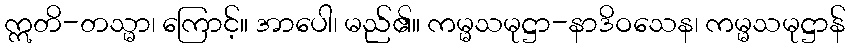
ဣတိ-တသ္မာ၊ ကြောင့်။ အာပေါ၊ မည်၏။ ကမ္မသမုဋ္ဌာ-နာဒိဝသေန၊ ကမ္မသမုဋ္ဌာန်